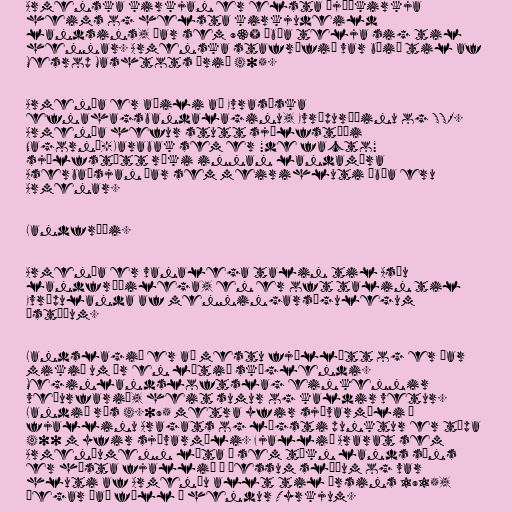
Armenska kirkjan er elsta þjóðkirkja
heims og helsta kirkjudeild
landsins, þar sem 93% íbúa telja sig til
hennar. Armenska stafrófið var búið til af
Mesrop Mashtots árið 405.

Armenía er aðili að Evrasíska
efnahagsbandalaginu, Evrópuráðinu og SSR.
Armenía hefur stutt sjálfstæði
Nagornó-Karabak sem er "de facto"
sjálfstætt ríki innan landamæra
Aserbaísjan þar sem meirihluti íbúa eru
Armenar.

Landfræði.

Armenía er vanalega talin til Asíu
landfræðilega, en er oft talin til
Evrópulanda af menningarsögulegum
ástæðum.

Landslagið er að mestu fjöllótt og er þar
mikið um ár en lítið skóglendi.
Meginlandsloftslag einkennir
veðurfarið, heit sumur og kaldir vetur.
Landið rís 4.095 metra yfir sjávarmáli á
fjallinu Aragats og lægsti punktur er tæpa
400 m yfir sjávarmáli. Fjallið Ararat sem
Armeníumenn líta á sem tákn lands síns
er hæsta fjallið á þessum slóðum og var
hluti af Armeníu allt til ársins 1915,
þegar það féll í hendur Tyrkjum.